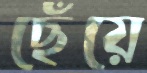
ছেঁয়ে